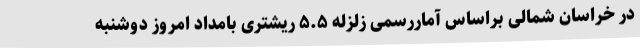
در خراسان شمالی براساس آماررسمی زلزله ۵.۵ ریشتری بامداد امروز دوشنبه